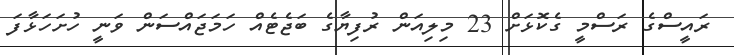
ރައީސްގެ ރަސްމީ ގެކޮޅަށް 23 މިލިއަން ރުފިޔާގެ ބަޖެޓެއް ހަމަޖައްސަން ވަނީ ހުށަހަޅާފަ